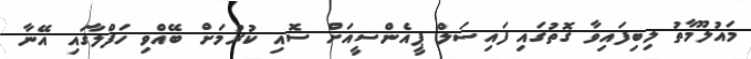
މައުލޫމާތު ލިބިފައިވާ ގޮތުގައި ފައިސަލް ޕީއެންސީއަށް ސޮއި ކުރުމަށް ބޭއްވި ހަފްލާގައި އޭނާ